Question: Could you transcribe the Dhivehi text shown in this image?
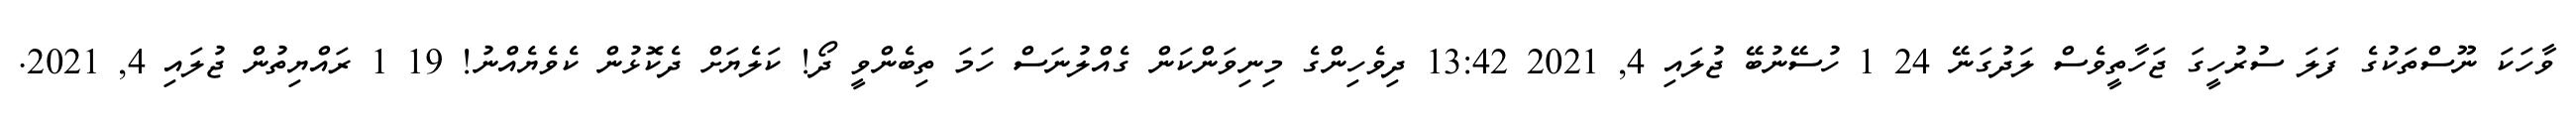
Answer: ވާހަކަ ނޫސްތަކުގެ ފަލަ ސުރުހީގަ ޖަހާތީވެސް ލަދުގަނޭ 24 1 ހުސޭނުބޭ ޖުލައި 4, 2021 13:42 ދިވެހިންގެ މިނިވަންކަން ގެއްލުނަސް ހަމަ ތިބެންވީ ދޯ! ކަލެޔަށް ދެކޮޅުން ކެވެޔެއްނު! 19 1 ރައްޔިތުން ޖުލައި 4, 2021.